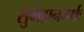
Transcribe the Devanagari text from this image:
सुमहाननर्थः